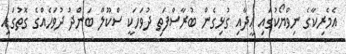
އެމެރިކާގެ ނިވްޔޯކުގައި ޢީދާއި ގުޅިގެން ބުރާސްފަތި ދުވަހަކީ ސްކޫލް ބަންދު ދުވަހެއްގެ ގޮތުގައި